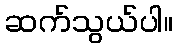
ဆက်သွယ်ပါ။